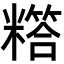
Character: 𬖸